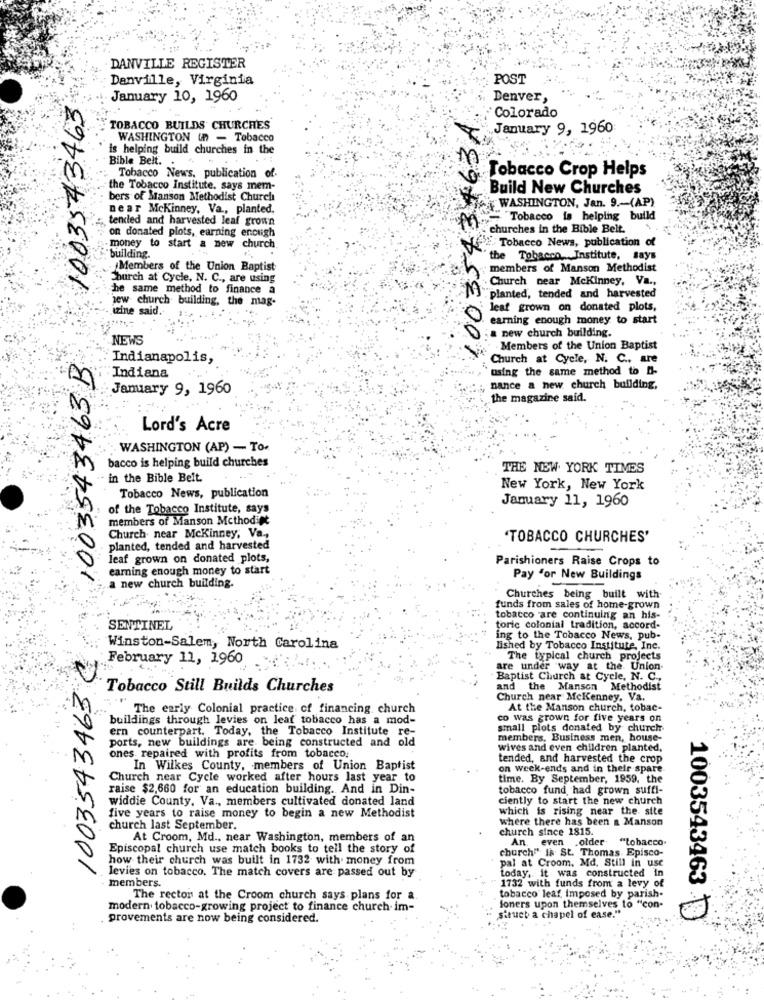
DANVILLE REGISTER
Danville, Virginia
POST
1003543463
January 10, 1960
Denver,
1003543163A
Colorado
TOBACCO BUILDS CHURCHES
January 9, 1960
WASHINGTON un - Tobacco
is helping build churches in the
Bible Belt. . ..
Tobacco Crop Helps
Tobacco News. publication of.
the Tobacco Institute, says mem-
Build New Churches
bers of Manson Methodist Church
near Mckinney, Va ., planted.
WASHINGTON, Jan. 9 .- (AP)
tended and harvested leaf grown
Tobacco is helping build
churches in the Bible Belt.
on donated plots, earning enough
money to start a new church.
Tlf: Tobacco News, publication of
building.
the Tobacco Institute, says
Members of the Union Baptist
members of Manson Methodist
Church at Cycle, N. C ., are using
Church near Mckinney, Va .,
the same method to finance a
new church building, the mag-
"planted, tended and harvested
izine said.
leaf grown on donated plots,
earning enough money to start
. a new church building.
NEWS
1003543463B
Members of the Union Baptist
Indianapolis,
Church at Cycle, N. C ., are
using the same method to -
Indiana
January 9, 1960
;nance a new church building,
the magazine said.
Lord's Acre
WASHINGTON (AP) - To-
bacco is helping build churches
THE NEW YORK TIMES
in the Bible Belt
Tobacco News, publication
New York, New York
January 11, 1960
of the Tobacco Institute, says
members of Manson Mcthodi#
Church. near Mckinney, Va .,
'TOBACCO CHURCHES'
planted, tended and harvested
leaf grown on donated plots,
Parishioners Raise Crops to
earning enough money to start
Pay for New Buildings
a new church building.
Churches being built with
funds from sales of home-grown
tobacco are continuing an his-
SENTINEL
toric colonial tradition, accord-
ing to the Tobacco News, pub-
1003543463 C
Winston-Salem, North Carolina
lished by Tobacco Institute, Inc.
February 11, 1960
The typical church projects
are under way at the Union-
Baptist Church at Cycle, N. C .,
Tobacco Still Builds Churches
and the Manson Methodist
Church near Mckenney, Va.
The early Colonial practice of financing church
At the Manson church, tobac-
buildings through levies on leaf tobacco has a mod-
co was grown for five years on
ern counterpart. Today, the Tobacco Institute re-
small plots donated by church
ports, new buildings are. being constructed and old
members, Business men, house-
wives and even children planted,
ones repaired with profits from tobacco.
tended, and harvested the crop
In Wilkes County, members of Union Baptist
on week-ends and in their spare
Church near Cycle worked after hours last year to
time. By September, 1959, the
raise $2,660 for an education building. And in Din-
tobacco fund, had grown suffi-
widdie County. Va ., members cultivated donated land
ciently to start the new church
which is rising near the site
five years to raise money to begin a new Methodist
where there has been a Manson
church last September.
church since 1815.
At Croom, Md ., near Washington, members of an
An. even .older
"tobacco.
Episcopal church use match books to tell the story of
church" Ik St. Thomas Episco-
how their church was built in 1732 with. money from
pal at Croom. Md. Still In use
levies on tobacco. The match covers are passed out by
today, it was constructed in
members.
1732 with funds from a levy of
The rector at the Croom church says plans for a
tobacco leaf Imposed by parish-
modern tobacco-growing project to finance church im-
foners upon themselves to "con-
struct a chapel of ease."
provements are now being considered.
1003543463 3